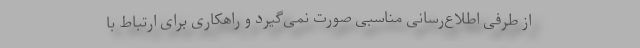
از طرفی اطلاع‌رسانی مناسبی صورت نمی‌گیرد و راهکاری برای ارتباط با